Report on vaccination in Madras 1895-1903 - 1895-1903
Year: 1895
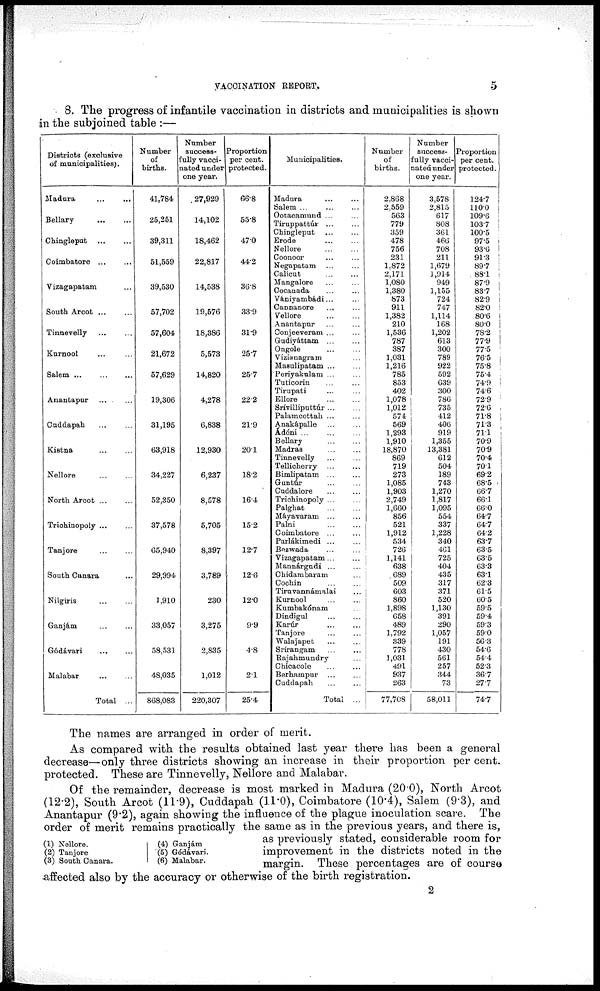
VACCINATION REPORT.
5
8. The progress of infantile vaccination in districts and municipalities is shown
in the subjoined table :—
Districts (exclusive
of municipalities).
Madura ... ...
Bellary
...
...
Chingleput
...
...
Coimbatore ... ...
Vizagapatam ...
South Arcot
...
...
Tinnevelly
...
...
Kurnool ... ...
Salem
...
...
...
Anantapur
...
...
Cuddapah ... ...
Kistna ... ...
Nellore ... ...
North Arcot
...
...
Trichinopoly ... ...
Tanjore ... ...
South Canara ...
Nilgiris ... ...
Ganjám ... ...
Gódávari
...
...
Malabar ... ...
Total ...
Number
of
births.
41,784
25,251
39,311
51,559
39,530
57,702
57,604
21,672
57,629
19,306
31,195
63,918
34,227
52,350
37,578
65,940
29,994
1,910
33,057
58,531
48,035
868,083
Number
success-
fully vacci-
nated under
one year.
27,929
14,102
18,462
22,817
14,538
19,576
18,386
5,573
14,820
4,278
6,838
12,930
6,237
8,578
5,705
8,397
3,789
230
3,275
2,835
1,012
220,307
Proportion
per cent.
protected.
66.8
55.8
47.0
44.2
36.8
33.9
31.9
25.7
25.7
22.2
21.9
20.1
18.2
16.4
15.2
12.7
12.6
12.0
9.9
4.8
2.1
25.4
Municipalities.
Madura ... ...
Salem ... ...
Ootacamund ...
Tiruppattúr ...
Chingleput ... ...
Erode
...
...
Nellore ... ...
Coonoor ... ...
Negapatam ... ...
Calicut ... ...
Mangalore ... ...
Cocanada ... ...
Vaniyambádi ...
Cannanore ... ...
Vellore
...
...
Anantapur ... ...
Conjeeveram ... ...
Gudiyáttam ... ...
Ongole ... ...
Vizianagram ...
Masulipatam ... ...
Periyakulam ... ...
Tuticorin ... ...
Tirupati ... ...
Ellore
...
...
Srivilliputtúr ... ...
Palamcottah ... ...
Anakápalle ... ...
Adóni ...
...
...
Bellary
...
...
Madras
...
...
Tinnevelly ... ...
Tellicherry ... ...
Bimlipatam ... ...
Guntúr ... ...
Cuddalore
...
...
Trichinopoly ...
Palghat ... ...
Máyavaram ... ...
Palni
...
...
Coimbatore ... ...
Parlákimedi ... ...
Bezwada ... ...
Vizagapatam ... ...
Mannárgudi ...
Chidambaram
Cochin ... ...
Tiruvannámalai ...
Kurnool ... ...
Kumbakónam ...
Dindigul ... ...
Karúr
...
...
Tanjore ... ...
Walajapet ... ...
Sríirangam ... ...
Rajahmundry ...
Chicacole ... ...
Berhampur ... ...
Cuddapah ... ...
Total ...
Number
of
births.
2,868
2,559
563
779
359
478
756
231
1,872
2,171
1,080
1,380
873
911
1,382
210
1,536
787
387
1,031
1,216
785
853
402
1,078
1,012
574
569
1,293
1,910
18,870
869
719
273
1,085
1,903
2,749
1,660
856
521
1,912
534
726
1,141
638
689
509
603
860
1,898
658
489
1,792
339
778
1,031
491
937
263
77,708
Number
success-
fully vacci-
nated under
one year.
3,578
2,815
617
808
361
466
708
211
1,679
1,914
949
1,155
724
747
1,114
168
1,202
613
300
789
922
592
639
300
786
735
412
406
919
1,355
13,381
612
504
189
743
1,270
1,817
1,095
554
337
1,228
340
461
725
404
435
317
371
520
1,130
391
290
1,057
191
430
561
257
344
73
58,011
Proportion
per cent.
protected.
124.7
110.0
109.6
103.7
100.5
97.5
93.6
913
89.7
88.1
87.9
83.7
82.9
82.0
80.6
80.0
78.2
77.9
77.5
76.5
75.8
75.4
74.9
74.6
72.9
72.6
71.8
71.3
71.1
70.9
70.9
70.4
70.1
69.2
68.5
66.7
66.1
66.0
64.7
64.7
64.2
63.7
63.5
63.5
63.3
63.1
62.3
61.5
60.5
59.5
59.4
59.3
59.0
56.3
54.6
54.4
52.3
36.7
27.7
74.7
The names are arranged in order of merit.
As compared with the results obtained last year there has been a general
decrease—only three districts showing an increase in their proportion per cent.
protected. These are Tinnevelly, Nellore and Malabar.
(1) Nellore.
(2) Tanjore
(3) South Canara.
(4) Ganjám
(5) Gódávari.
(6) Malabar.
Of the remainder, decrease is most marked in Madura (20.0), North Arcot
(12.2), South Arcot (11.9), Cuddapah (11.0), Coimbatore (10.4), Salem (9.3), and
Anantapur (9.2), again showing the influence of the plague inoculation scare. The
order of merit remains practically the same as in the previous years, and there is,
as previously stated, considerable room for
improvement in the districts noted in the
margin. These percentages are of course
affected also by the accuracy or otherwise of the birth registration.
2